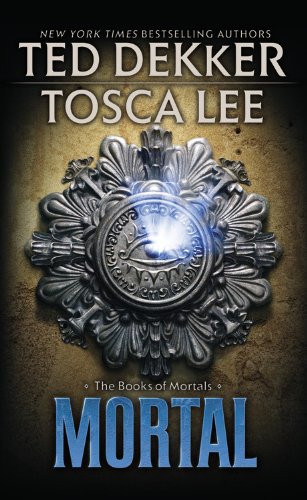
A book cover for Mortal (The Books of Mortals); Ted Dekker; Christian Books & Bibles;